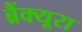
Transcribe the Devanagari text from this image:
ब्रैंक्यूरा